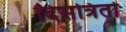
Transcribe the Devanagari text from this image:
दिसत्रितो